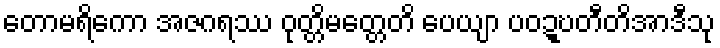
တောမရိကော အဇဂရဿ ဝုတ္တိမတ္တေတိ ပေယျာ ပဝဍ္ဎတီတိအာဒီသု